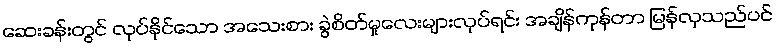
ဆေးခန်းတွင် လုပ်နိုင်သော အသေးစား ခွဲစိတ်မှုလေးများလုပ်ရင်း အချိန်ကုန်တာ မြန်လှသည်ပင်